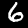
Digit: 6